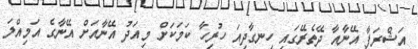
އަޝްރަފާ އޭނާއާ ދޭތެރޭގައި ހިނގާދިއަ ހުރިހާ ކަމަކަށް މިއަދު އޭނާއަށް އޭނާގެ އަމިއްލަ